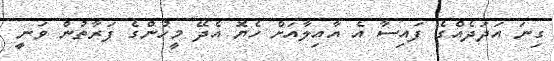
ގިނަ އަދަދެއްގެ ފައިސާ އެ އާއިލާއަށް ހެޔޮ އެދޭ މީހުންގެ ފަރާތުން ވަނީ